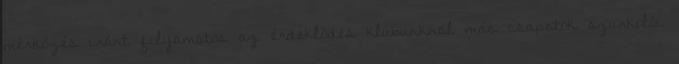
mérkőzés iránt folyamatos az érdeklődés klubunknál más csapatok szurkolói